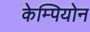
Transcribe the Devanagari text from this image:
केम्पियोन